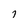
Character: j